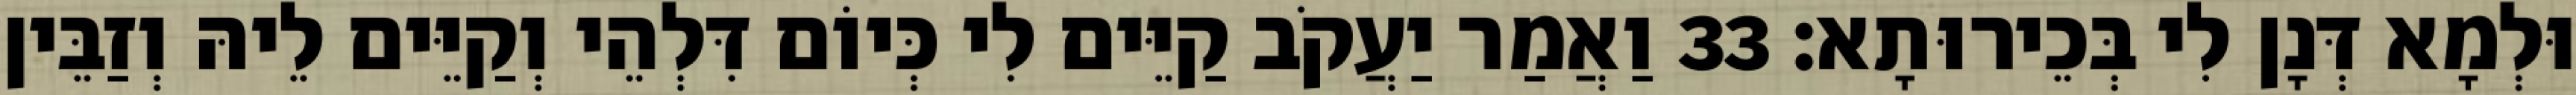
וּלְמָא דְּנָן לִי בְּכֵירוּתָא׃ 33 וַאֲמַר יַעֲקֹב קַיֵּים לִי כְּיוֹם דִּלְהֵי וְקַיֵּים לֵיהּ וְזַבֵּין